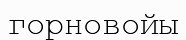
горновойы